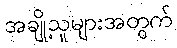
အချို့သူများအတွက်